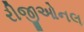
રીજીઓનલ